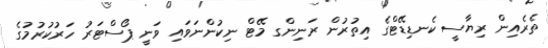
ތެރެއިން ރިޔާސީ ކެނޑިޑޭޓްގެ އިތުރުން ރަނިންގ މޭޓް ނިކުންނަވައި ވަނީ ޕޯސްޓަރު ހަރުކުރުމުގެ